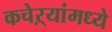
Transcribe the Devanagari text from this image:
कचेऱ्यांमध्ये